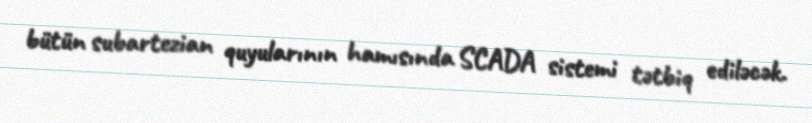
bütün subartezian quyularının hamısında SCADA sistemi tətbiq ediləcək.